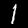
Label: 1